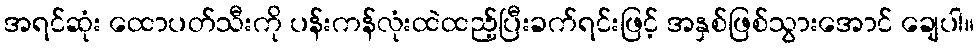
အရင်ဆုံး ထောပတ်သီးကို ပန်းကန်လုံးထဲထည့်ပြီးခက်ရင်းဖြင့် အနှစ်ဖြစ်သွားအောင် ချေပါ။